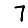
Digit: 7